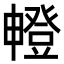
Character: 𤳘